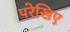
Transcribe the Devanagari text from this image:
परेखिए